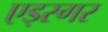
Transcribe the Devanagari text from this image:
एड्स्गर